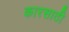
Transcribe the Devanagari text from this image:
कारसाठी